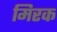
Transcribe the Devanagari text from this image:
मिरक